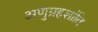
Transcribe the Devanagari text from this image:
अणुग्रहशांति